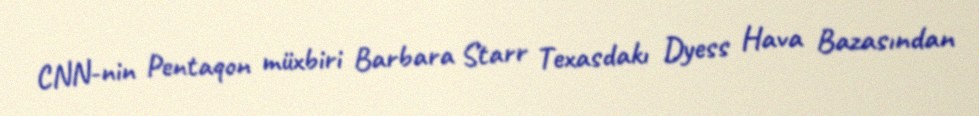
CNN-nin Pentaqon müxbiri Barbara Starr Texasdakı Dyess Hava Bazasından